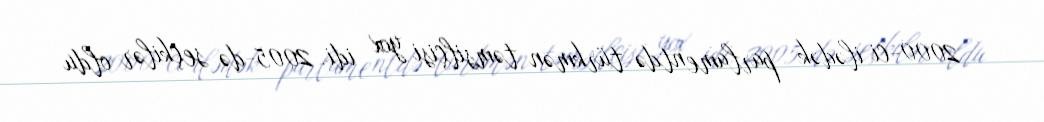
- 2000-ci ilədək parlamentdə türkmən təmsilçisi yox idi. 2005-də seçkilər oldu